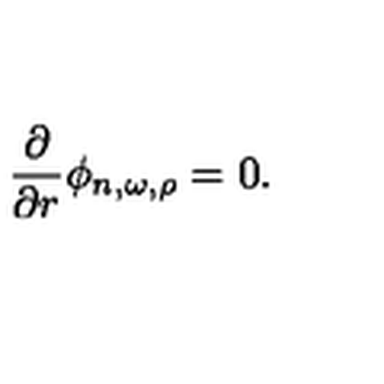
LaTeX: { \frac { \partial } { \partial r } } \phi _ { n , \omega , \rho } = 0 .